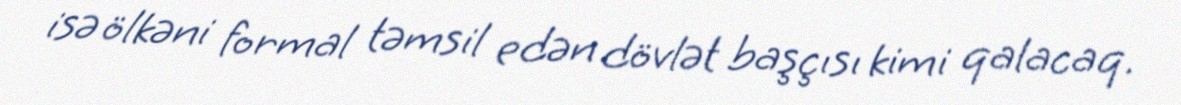
isə ölkəni formal təmsil edən dövlət başçısı kimi qalacaq.